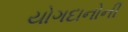
યોગદાનોની